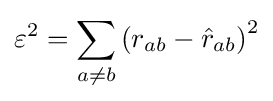
\varepsilon ^{2}=\sum _{a\neq b}\left(r_{ab}-{\hat {r}}_{ab}\right)^{2}